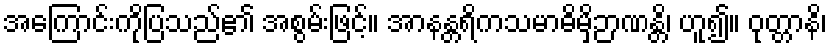
အကြောင်းကိုပြသည်၏ အစွမ်းဖြင့်။ အာနန္တရိကသမာဓိမှိဉာဏန္တိ၊ ဟူ၍။ ဝုတ္တာနိ၊